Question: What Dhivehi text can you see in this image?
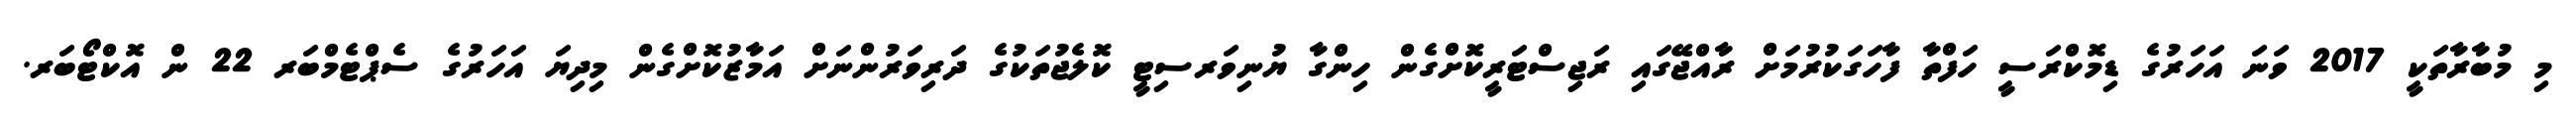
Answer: މި މުބާރާތަކީ 2017 ވަނަ އަހަރުގެ ޑިމޮކްރަސީ ހަފްތާ ފާހަގަކުރުމަށް ރާއްޖޭގައި ރަޖިސްޓަރީކޮށްގެން ހިންގާ ޔުނިވަރސިޓީ ކޮލެޖުތަކުގެ ދަރިވަރުންނަށް އަމާޒުކޮށްގެން މިދިޔަ އަހަރުގެ ސެޕްޓެމްބަރ 22 ން އޮކްޓޯބަރ.